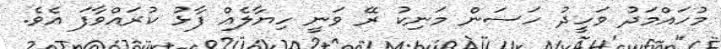
މުހައްމަދު ވަހީދު ހަސަން މަނިކު ރޭ ވަނީ ހިޔާލެއް ފާޅު ކުރައްވާފަ އެވެ.